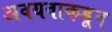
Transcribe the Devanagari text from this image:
अवयवाकडून